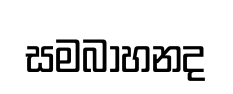
සමබාහනද